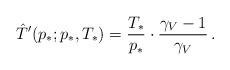
LaTeX: \begin{align*} \hat T'(p_*;p_*,T_*)=\frac{T_*}{p_*}\cdot \frac{\gamma_V-1}{\gamma_V}\,.\end{align*}